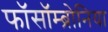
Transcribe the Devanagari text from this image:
फॉसॉम्ब्रोनिया